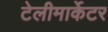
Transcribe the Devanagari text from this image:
टेलीमार्केटर